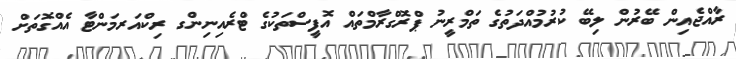
ރާއްޖެއިން ބޭރުން ލިބޭ ކުރުމުއްދަތުގެ ތަމްރީނު ޕްރޮގްރާމްތައް އޮފީސްތަކުގެ ޓްރެއިނިންގ ރިކްއަރމަންޓާ އެއްގޮތަށް